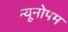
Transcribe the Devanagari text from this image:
न्यूनोपम